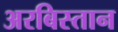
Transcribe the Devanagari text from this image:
अरबिस्तान